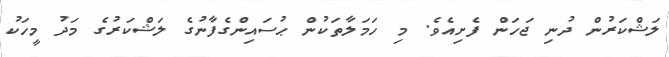
ލަޝްކަރުން ދުނި ޖަހަން ފެށިއެވެ. މި ހަމަލާތަކުން ޙުސައިންގެފާނުގެ ލަޝްކަރުގެ މަދު މީހަކު